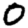
Digit: 0